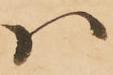
ハ